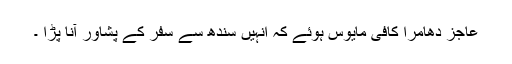
عاجز دھامرا کافی مایوس ہوئے کہ انہیں سندھ سے سفر کے پشاور آنا پڑا ۔